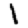
Digit: 1